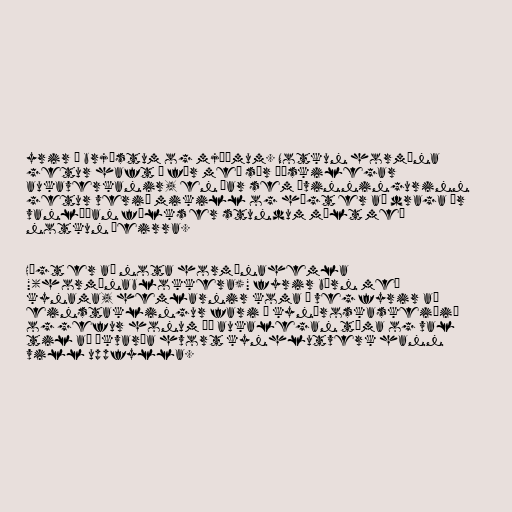
yrir á brjóstum og mjöðmum. Notkun hormóna
getur haft í för með sér óæskilegar
aukaverkanir, en þar sem ávinningurinn
getur verið mikill og hægt er að draga úr
vanlíðan fólks er stundum mælt með
notkun þeirra.

Hægt er að nota hormónahemla
"(hormónablokkera)" fyrir börn með
kynama, hemlarnir koma í veg fyrir að
einstaklingur fari á kynþroskaskeiðið
og gefur honum þá aukalegan tíma og val
til að ákvarða hvort kynhlutverk hann
vill uppfylla.